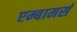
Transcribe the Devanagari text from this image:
एम्बामर्स